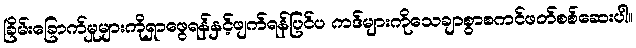
ခြိမ်းခြောက်မှုများကိုရှာဖွေရန်နှင့်ဖျက်ရန်ပြင်ပ ကဒ်များကိုသေချာစွာစကင်ဖတ်စစ်ဆေးပါ။